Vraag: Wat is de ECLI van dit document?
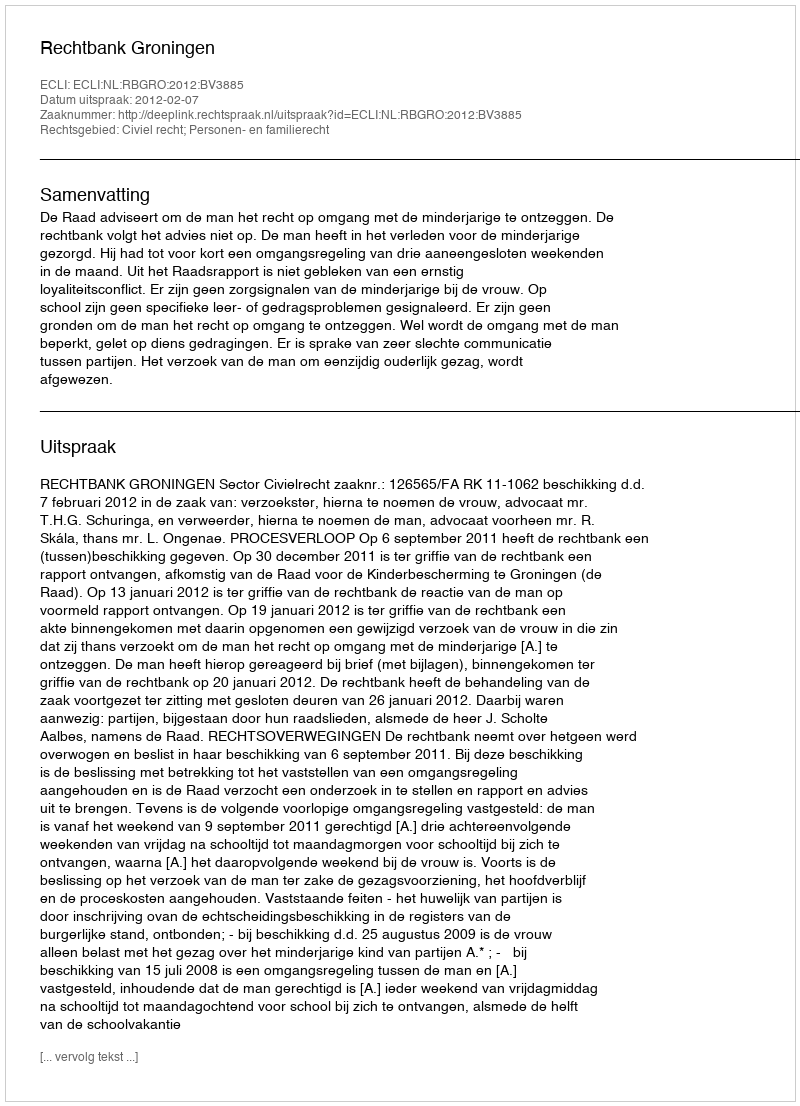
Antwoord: ECLI:NL:RBGRO:2012:BV3885